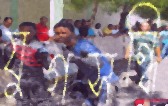
যুগসন্ধি